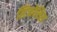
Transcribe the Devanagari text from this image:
स्टिनोसिस